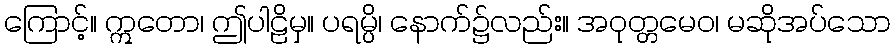
ကြောင့်။ ဣတော၊ ဤပါဠိမှ။ ပရမ္ပိ၊ နောက်၌လည်း။ အဝုတ္တမေဝ၊ မဆိုအပ်သော